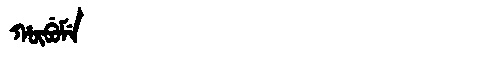
Manchu: ᡥᡡᠪᡠᠮᡝ
Romanization: HŪBUME